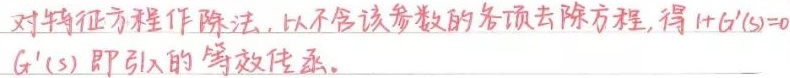
对特征方程作除法，以不含该参数的各项去除方程，得\(1 + G'(s)=0\)。\(G'(s)\)即引入的等效传函。